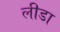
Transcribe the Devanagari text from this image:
लीडा